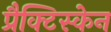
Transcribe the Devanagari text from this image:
प्रैक्टिस्केन